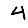
Digit: 4